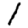
Digit: 1